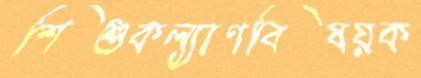
শিশুকল্যাণবিষয়ক